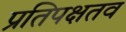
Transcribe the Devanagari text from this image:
प्रतिपक्षतव